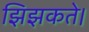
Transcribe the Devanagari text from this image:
झिझकते।